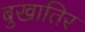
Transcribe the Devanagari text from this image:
बुखातिर